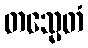
တသ္မေတံ